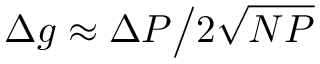
\Delta g \approx \Delta P \big / 2 \sqrt { N P }